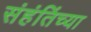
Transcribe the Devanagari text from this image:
संहंतिंच्या